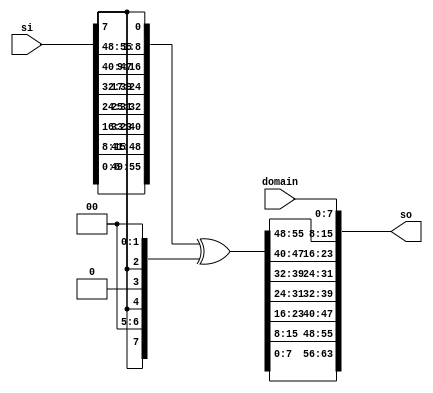
module lfsr_gf56 (/*AUTOARG*/
   // Outputs
   so,
   // Inputs
   si, domain
   ) ;
   output [63:0] so;
   input [55:0]  si;
   input [7:0] 	  domain;

   wire [55:0] 	  lfsr, lfsrs, lfsrn;

   assign lfsr = {si[7:0],
		  si[15:8],
		  si[23:16],
		  si[31:24],
		  si[39:32],
		  si[47:40],
		  si[55:48]
		  };
   
   assign lfsrs = {lfsr[54:0],lfsr[55]};
   assign lfsrn = lfsrs ^ {lfsr[55],2'b0,lfsr[55],1'b0,lfsr[55],2'b0};   
   
   assign so = {lfsrn[7:0],
		lfsrn[15:8],
		lfsrn[23:16],
		lfsrn[31:24],
		lfsrn[39:32],
		lfsrn[47:40],
		lfsrn[55:48],
		domain};   

   
endmodule // lfsr_gf56